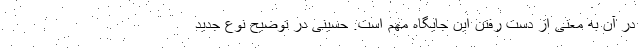
در آن به معنی از دست رفتن این جایگاه مهم است. حسینی در توضیح نوع جدید